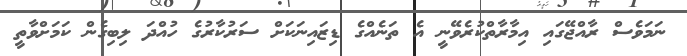
ނަމަވެސް ރާއްޖޭގައި އިމާރާތްކުރެވޭނީ އެ ތަނެއްގެ ޑިޒައިނަކަށް ސަރުކާރުގެ ހުއްދަ ލިބިގެން ކަމަށްވާތީ